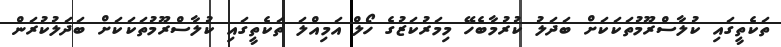
ތަކެތީގައި ކުލާސްރޫމުތަކަކަށް ބަދަލު ކުރުމާބެހޭ މިމަރުކަޒުގެ ހޯލް އަމިއްލަ ތަކެތީގައި ކުލާސްރޫމުތަކަކަށް ބަދަލުކުރަން